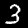
Digit: 3